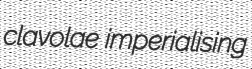
clavolae imperialising